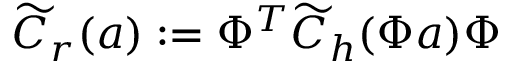
\widetilde { C } _ { r } ( \boldsymbol { a } ) : = \Phi ^ { T } \widetilde { C } _ { h } ( \Phi \boldsymbol { a } ) \Phi